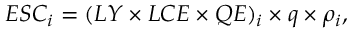
E S C _ { i } = ( L Y \times L C E \times Q E ) _ { i } \times q \times \rho _ { i } ,